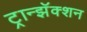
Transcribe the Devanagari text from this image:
ट्रान्झॅक्शन